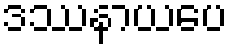
ဒဿနာယပေ